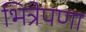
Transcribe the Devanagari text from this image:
भित्रेपणा